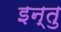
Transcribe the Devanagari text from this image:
इन्तु